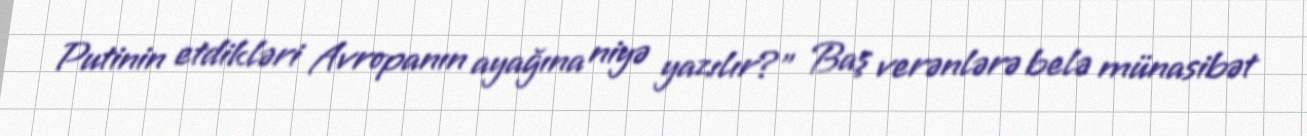
Putinin etdikləri Avropanın ayağına niyə yazılır?” Baş verənlərə belə münasibət